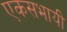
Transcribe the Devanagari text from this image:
एकसभायी